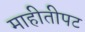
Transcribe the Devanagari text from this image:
माहीतीपट